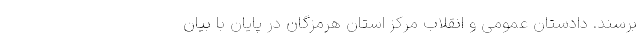
برسند. دادستان عمومی و انقلاب مرکز استان هرمزگان در پایان با بیان